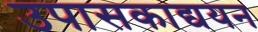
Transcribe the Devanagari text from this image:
उपासकाद्ययन